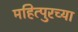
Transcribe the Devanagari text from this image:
महित्पुरच्या